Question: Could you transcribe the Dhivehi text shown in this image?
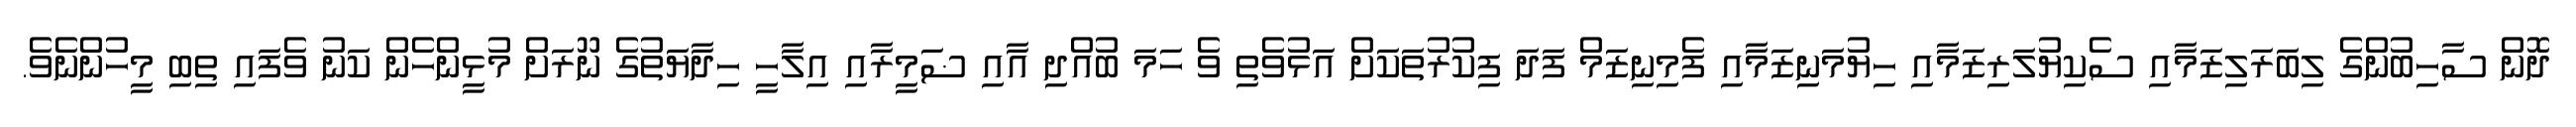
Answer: ދޮން ސާހިބުންގެ ލިބަރަލިޒަމާއި ސެކިޔުލަރިޒަމާއި ހިޔުމަނިޒަމާއި ފެމިނިޒަމް ފަދަ ފިކުރުތަކަށް އަޅުވެތި ވެ ހަމަ ބުއްދި އާއި ޟަމީރާއި އިލާހީ ހިދާޔަތުގެ ނޫރަށް މުޅީންހެން ކަނު ވެފައި ތިބި މީހުންނެވެ.